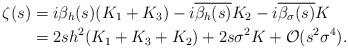
LaTeX: \begin{align*}\zeta(s)&=i\beta_h(s)(K_1 + K_3)-i\overline{\beta_h(s)}K_2-i\overline{\beta_\sigma(s)}K\\&=2sh^2(K_1+K_3+K_2)+2s\sigma^2 K+\mathcal{O}(s^2\sigma^4).\end{align*}